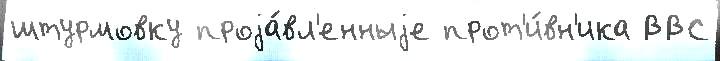
штурмовку проjа́вл'енныjе прот'и́вн'ика ВВС